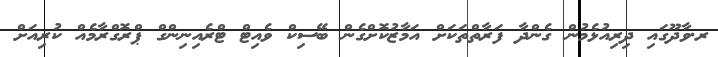
ރ.ވާދޫގައި ދިރިއުޅެމުން ގެންދާ ފަރާތްތަކަށް އަމާޒުކޮށްގެން ބޭސިކް ވެއިޓް ޓްރެއިނިންގް ޕްރޮގްރާމެއް ކުރިއަށް